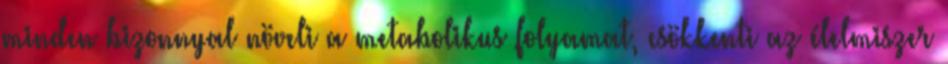
minden bizonnyal növeli a metabolikus folyamat, csökkenti az élelmiszer